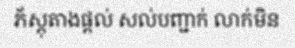
ភ័ស្តុតាងផ្តល់ សល់បញ្ជាក់ លាក់មិន